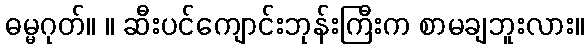
ဓမ္မဂုတ်။ ။ ဆီးပင်ကျောင်းဘုန်းကြီးက စာမချဘူးလား။